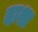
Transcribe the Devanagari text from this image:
दाश्त